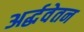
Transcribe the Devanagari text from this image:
अर्द्धवेतन